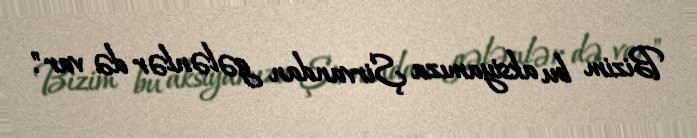
Bizim bu aksiyamıza Şirvandan gələnlər də var".